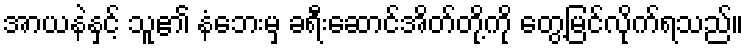
အာယနဲနှင့် သူ၏ နံဘေးမှ ခရီးဆောင်အိတ်တို့ကို တွေ့မြင်လိုက်ရသည်။